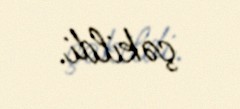
çəkildi.